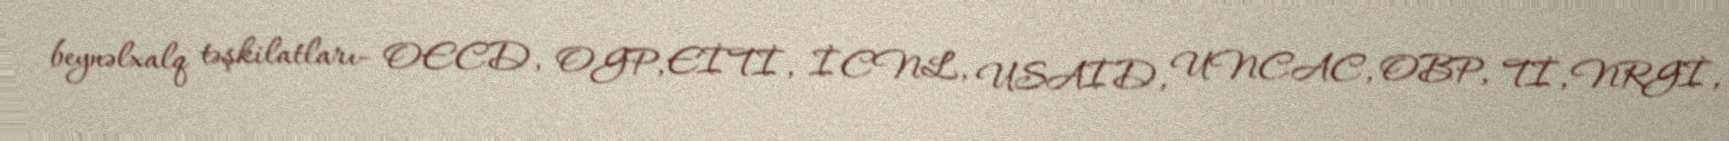
beynəlxalq təşkilatları- OECD, OGP, EİTİ, İCNL, USAİD, UNCAC, OBP, Tİ, NRGİ,